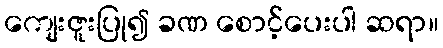
ကျေးဇူးပြု၍ ခဏ စောင့်ပေးပါ ဆရာ။